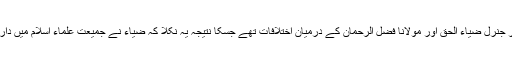
ضیاء دور میں افغان جہاد کے مسئلے پر جنرل ضیاء الحق اور مولانا فضل الرحمان کے درمیان اختلافات تھے جسکا نتیجہ یہ نکلا کہ ضیاء نے جمیعت علماء اسلام میں داراڑ ڈالی اور مولانا سمیع الحق کو جدا کیا۔